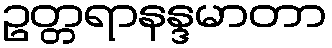
ဥတ္တရာနန္ဒမာတာ